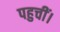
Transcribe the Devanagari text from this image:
पहुचीं।